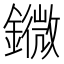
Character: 䥩